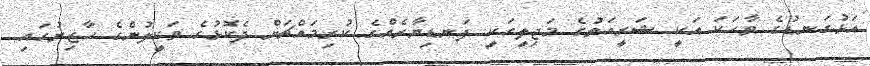
އަޅުގަނޑުގެ ވާހަކަ އަކީ ޝަރީއަތުގެ މަޖިލީހަކީ ފަނޑިޔާރެއްގެ ކުރިމައްޗަށް ދެކޮޅުގެ ވަކީލުންގެ ހާޒިރުގައި